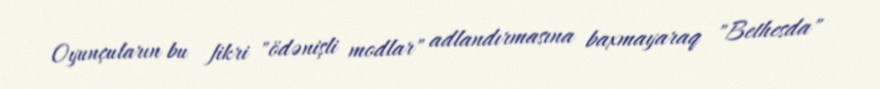
Oyunçuların bu fikri "ödənişli modlar" adlandırmasına baxmayaraq "Bethesda"